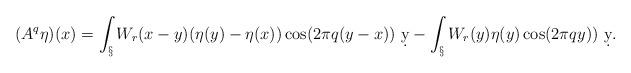
LaTeX: \begin{align*}(A^q\eta)(x) = \int_\S W_r(x-y)(\eta(y)-\eta(x))\cos(2\pi q(y-x))\ \d y - \int_\S W_r(y)\eta(y)\cos(2\pi q y))\ \d y.\end{align*}